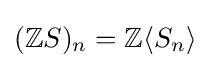
(\mathbb {Z} S)_{n}=\mathbb {Z} \langle S_{n}\rangle